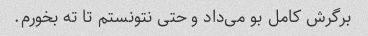
برگرش کامل بو می‌داد و حتی نتونستم تا ته بخورم.